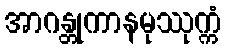
အာဂန္တုကာနမုဿုက္ကံ